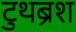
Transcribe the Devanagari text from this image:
टुथब्रश